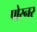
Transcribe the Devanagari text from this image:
पोस्‍नर